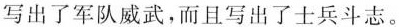
写出了军队威武，而且写出了士兵斗志。